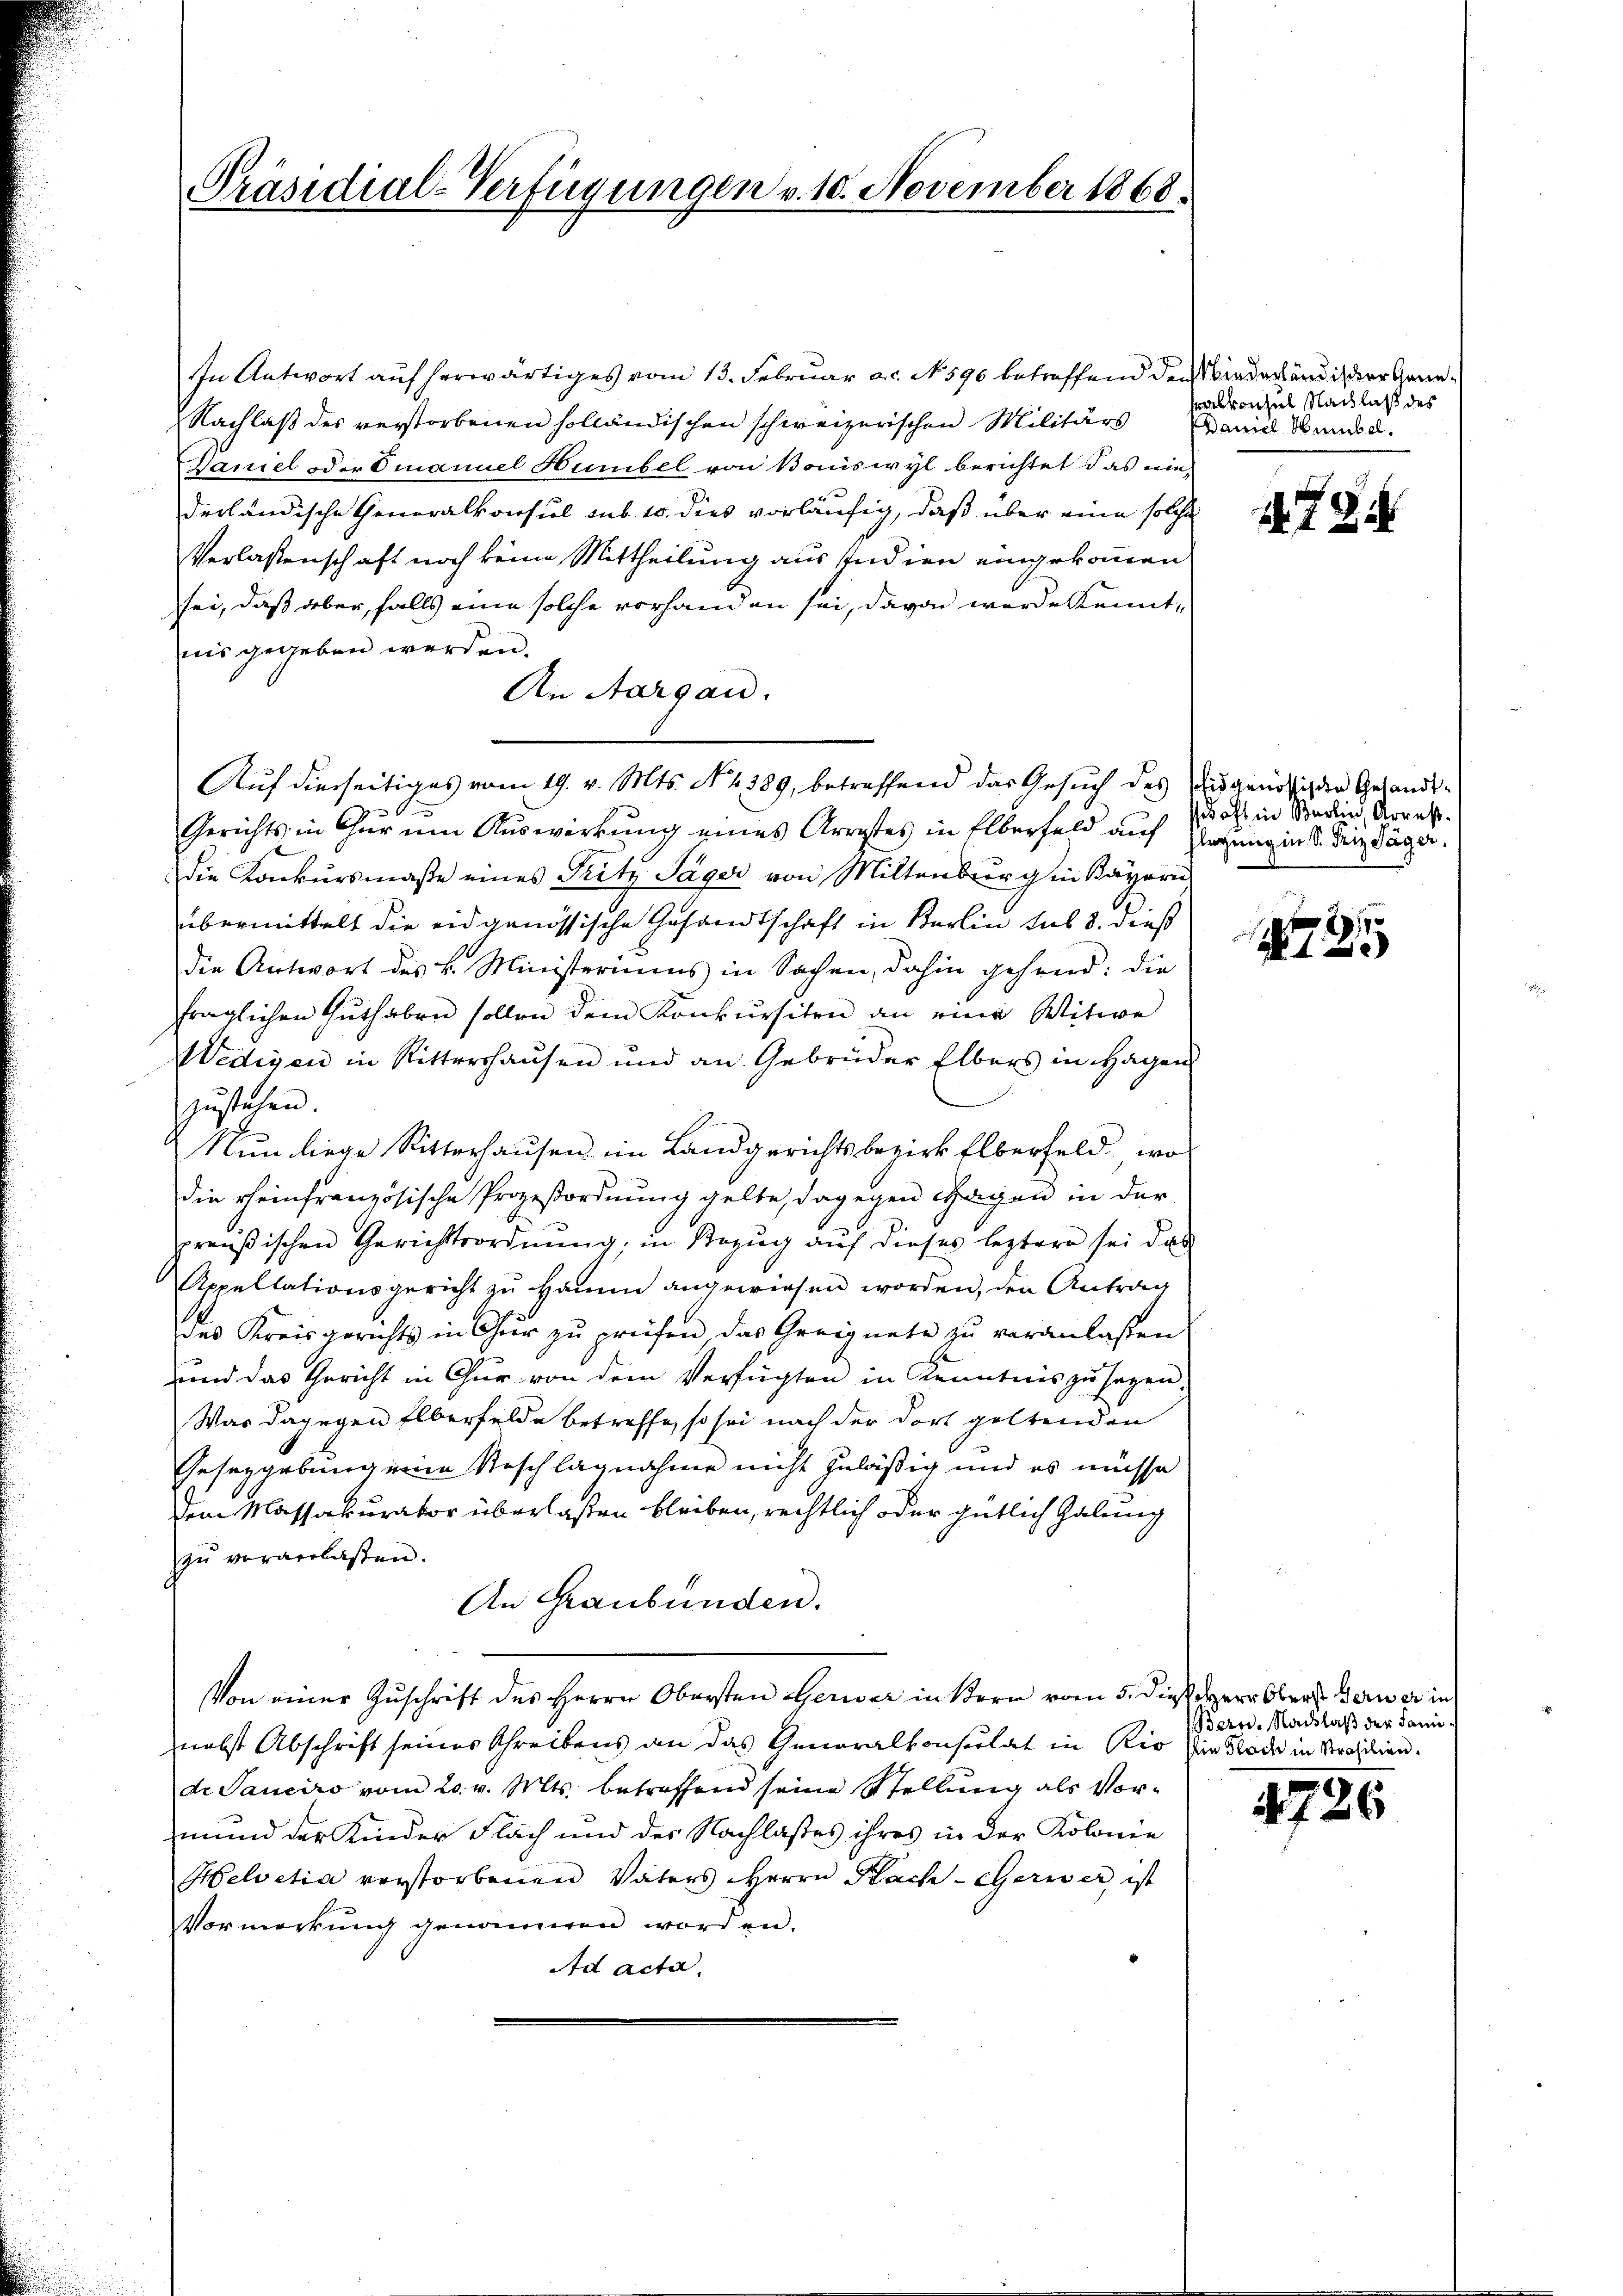
Präsidial-Verfügungen v. 10. November 1868.

In Antwort auf herwärtiges vom 13. Februar a.c. N. 596 betreffend den Wiederhändig der Gene¬
Nachlaß des verstorbenen holländischen schweizerischen Militärs Maniel Bunde d.
Daniel oder Omanuel Humbel von Boniswyl berichtet das ein
derländische Generalkonsul sub 10. dies vorläufig, daß über eine solche
Verlassenschaft noch keine Mittheilung aus Indien eingekommen
sei, daß aber, falls eine solche vorhanden sei, davon werde kennt,
nis gegeben werden.
An Aargau.
Auf diesseitiges vom 19. v. Mts. No. 1389, betreffend das Gesuch des ausgenössiden Gesandt-
Gerichts in Chur um Auswirkung eines Arrestes in Elberfeld auf Gesung in §. den Däger
Die Konkursmaße eines Pritz Säger von Mittenburg in Kayern
übermittelt die eidgenössische Gesandtschaft in Berlin sub 8. dieß
die Antwort des L. Ministeriums in Sachen, dahin gehend: die
fraglichen Guthaben sollen dem Konkursiten an eine Witwe
Wedigen in Rittershausen und an Gebrüder Elbers in Hagen
zustehen.
Nun liege Ritterhausen im Landgerichtsbezirk Elberfeld, wos
die rheinfranzösische Prozeßordnung gelte, dagegen Gagen in der
preußischen Gerichtsordnŭng, in Bezŭg aŭf dieses leztere sei das
Appellationsgericht zu Hamm angewiesen worden, den Antrag
des Kreisgerichts in Chur zu prüfen, das Greignete zu veranlassen
und das Gericht in Chur von dem Verfügten in Kenntnis zu sagen.
Was dagegen Elberfelde betreffe, so sei nach der dort geltenden
Gesetzgebung eine Reschlagnahme nicht zuläßig und es müsse
Dem Massakurator überlaßen bleiben, rechtlich oder gütlich habung
zu vorverlassen.
An Graubünden.
Von einer Zuschrift des Herrn Obersten Gerwer in Bern vom 5. dieß Herr Obers Gerner in
nebst Abschrift seines Schreibens an das Generalkonsulat in Rio die Tode in Strasilien.
de Saneiro vom 20. v. Mts. betreffend seine Stellung als Vor-
mund der Kinder Flach und der Nachlasses ihres in der Kolonie
Helvetia verstorbenen Vaters Herrn Nach - Gerwer ist
Vormerkung genommen worden.
Ad acta.

alkonsul Nachlaß des

2785

sedacht in Berlin, Arres.

2
N 1

Bern. Nachlaß der Sani¬

4726